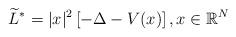
LaTeX: \begin{align*}\widetilde L^* =|x|^{2}\left[-\Delta -V(x)\right],x\in\mathbb R^N\end{align*}